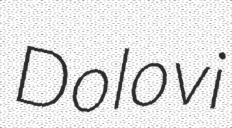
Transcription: Dolovi